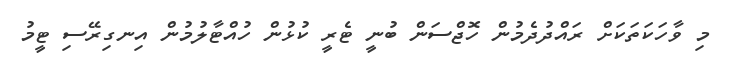
މި ވާހަކަތަކަށް ރައްދުދެމުން ހޮޖްސަން ބުނީ ޓެރީ ކުޅުން ހުއްޓާލުމުން އިނގިރޭސި ޓީމު